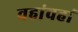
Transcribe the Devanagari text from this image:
वहांवहां